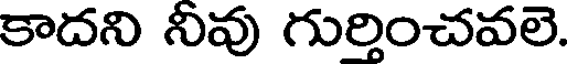
కాదని నీవు గుర్తించవలె.